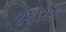
રગોરગ